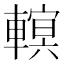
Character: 𨍵